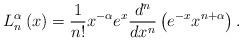
LaTeX: \begin{align*}L_{n}^{\alpha }\left( x\right) =\frac{1}{n!}x^{-\alpha}e^{x}\frac{d^{n}}{dx^{n}}\left( e^{-x}x^{n+\alpha }\right).\end{align*}